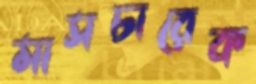
মাসচারেক